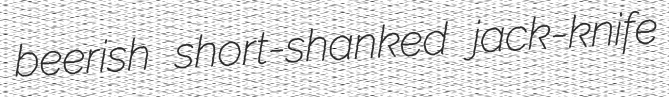
beerish short-shanked jack-knife